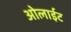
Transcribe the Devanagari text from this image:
ओलाईट